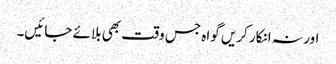
اور نہ انکار کریں گواہ جس وقت بھی بلائے جائیں۔